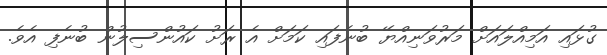
ގުޅައި އަމިއްލައަށް މަރުވަނިއްޔޭ ބުނެފައި ކަމަށް އެ ރަށު ކައުންސިލުން ބުނެފި އެވެ.